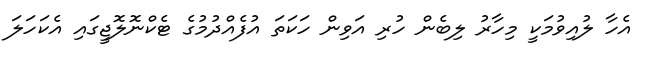
އެހާ ލުއިވުމަކީ މިހާރު ލިބެން ހުރި އަވިން ހަކަތަ އުފެއްދުމުގެ ޓެކްނޮލޮޖީގައި އެކަހަލަ